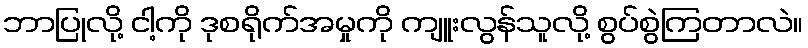
ဘာပြုလို့ ငါ့ကို ဒုစရိုက်အမှုကို ကျူးလွန်သူလို့ စွပ်စွဲကြတာလဲ။